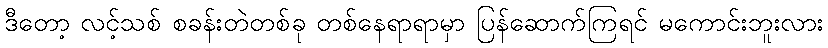
ဒီတော့ လင့်သစ် စခန်းတဲတစ်ခု တစ်နေရာရာမှာ ပြန်ဆောက်ကြရင် မကောင်းဘူးလား